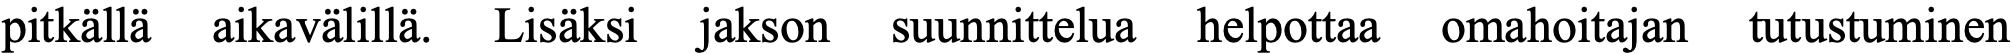
pitkällä aikavälillä. Lisäksi jakson suunnittelua helpottaa omahoitajan tutustuminen